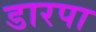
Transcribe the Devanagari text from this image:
डारपा